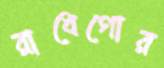
রাধেগোর